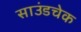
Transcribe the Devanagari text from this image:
साउंडचेक